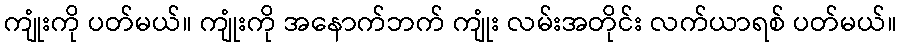
ကျုံးကို ပတ်မယ်။ ကျုံးကို အနောက်ဘက် ကျုံး လမ်းအတိုင်း လက်ယာရစ် ပတ်မယ်။